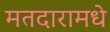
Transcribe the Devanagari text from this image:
मतदारामधे